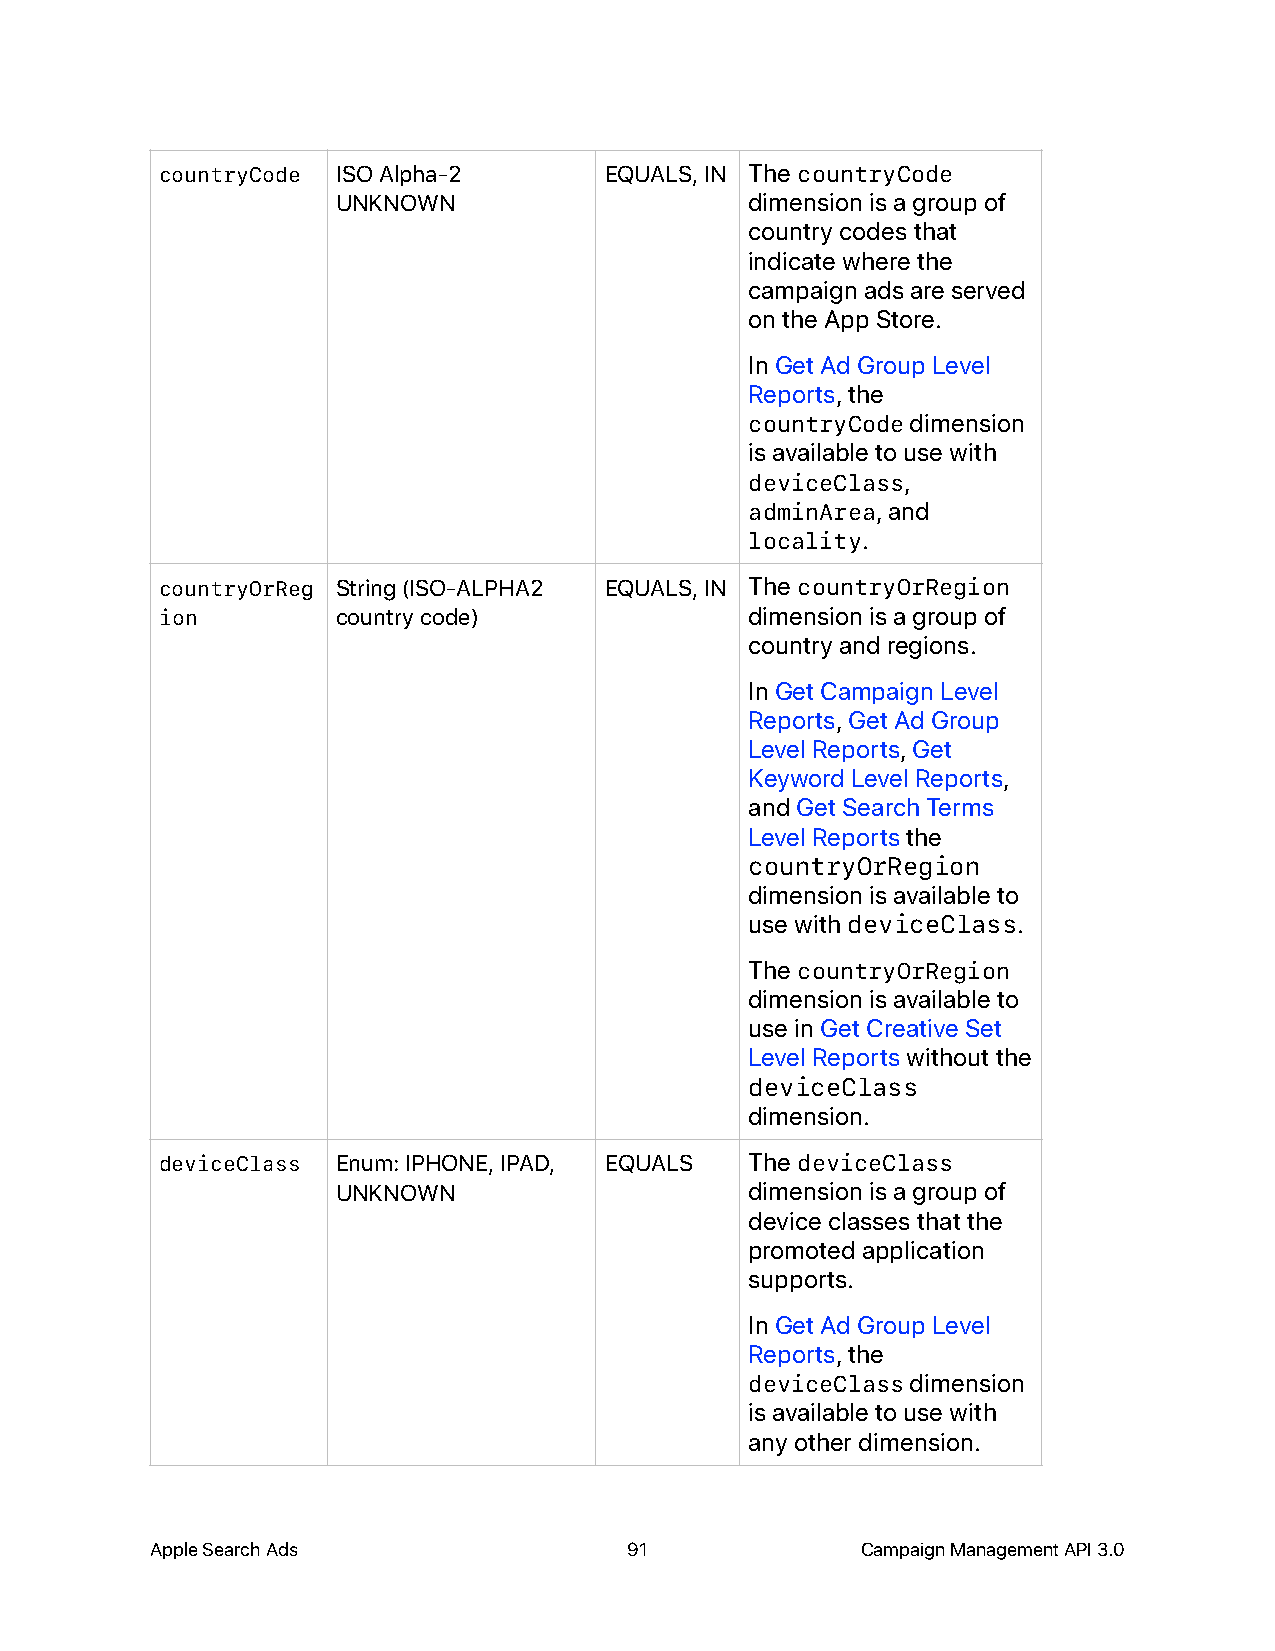
countryCode ISO Alpha-2      EQUALS, IN The countryCode
 UNKNOWN                     dimension is a group of
 country codes that
 indicate where the
 campaign ads are served
 on the App Store.
 In Get Ad Group Level
 Reports, the
 countryCode dimension
 is available to use with
 deviceClass,
 adminArea, and
 locality.
 countryOrReg String (ISO-ALPHA2 EQUALS, IN The countryOrRegion
 ion        country code)               dimension is a group of
 country and regions.
 In Get Campaign Level
 Reports, Get Ad Group
 Level Reports, Get
 Keyword Level Reports,
 and Get Search Terms
 Level Reports the
 countryOrRegion
 dimension is available to
 use with deviceClass.
 The countryOrRegion
 dimension is available to
 use in Get Creative Set
 Level Reports without the
 deviceClass
 dimension.
 deviceClass Enum: IPHONE, IPAD, EQUALS The deviceClass
 UNKNOWN                     dimension is a group of
 device classes that the
 promoted application
 supports.
 In Get Ad Group Level
 Reports, the
 deviceClass dimension
 is available to use with
 any other dimension.
 Apple Search Ads                91             Campaign Management API 3.0